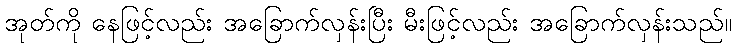
အုတ်ကို နေဖြင့်လည်း အခြောက်လှန်းပြီး မီးဖြင့်လည်း အခြောက်လှန်းသည်။